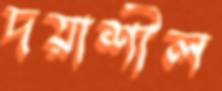
দয়াশীল